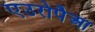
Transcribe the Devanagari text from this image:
एउरोपैआ